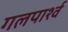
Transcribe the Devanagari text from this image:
गलपार्श्व